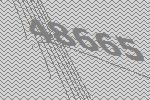
48665